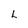
Character: L